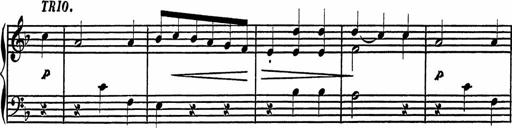
Title: 4 Piano Sonatinas
Composer: Adam Geibel